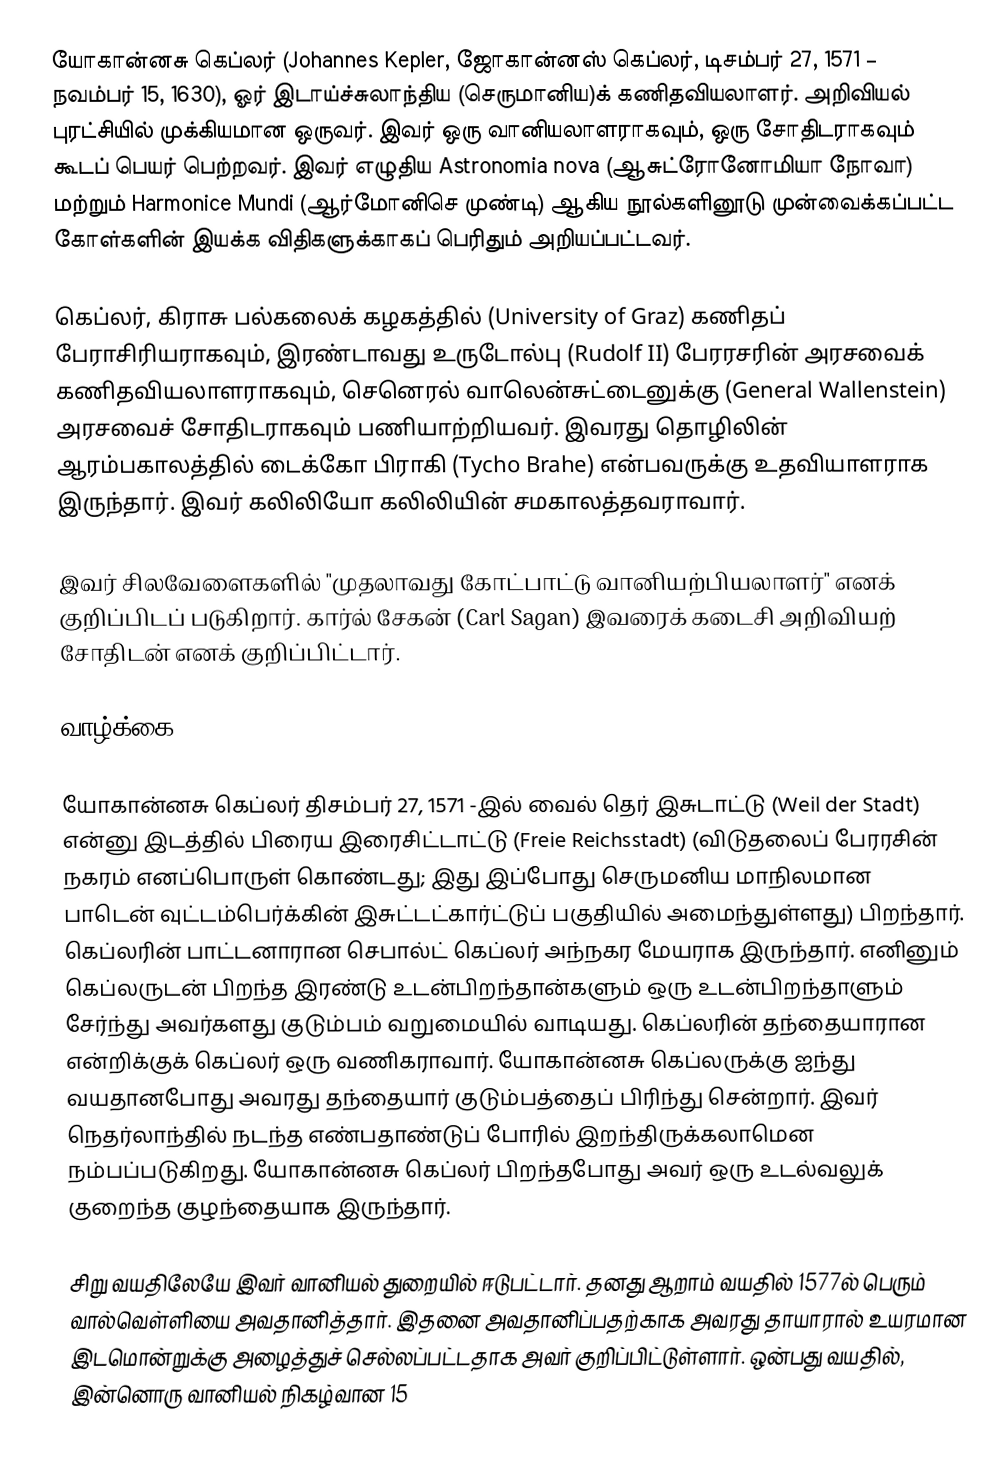
யோகான்னசு கெப்லர் (Johannes Kepler, ஜோகான்னஸ் கெப்லர், டிசம்பர் 27, 1571 – நவம்பர் 15, 1630), ஓர் இடாய்ச்சுலாந்திய (செருமானிய)க் கணிதவியலாளர். அறிவியல் புரட்சியில் முக்கியமான ஒருவர். இவர் ஒரு வானியலாளராகவும், ஒரு சோதிடராகவும் கூடப் பெயர் பெற்றவர். இவர் எழுதிய  Astronomia nova (ஆசுட்ரோனோமியா நோவா) மற்றும் Harmonice Mundi (ஆர்மோனிசெ முண்டி) ஆகிய நூல்களினூடு முன்வைக்கப்பட்ட கோள்களின் இயக்க விதிகளுக்காகப் பெரிதும் அறியப்பட்டவர்.

கெப்லர், கிராசு பல்கலைக் கழகத்தில் (University of Graz) கணிதப் பேராசிரியராகவும், இரண்டாவது  உருடோல்பு (Rudolf II) பேரரசரின் அரசவைக் கணிதவியலாளராகவும்,  செனெரல் வாலென்சுட்டைனுக்கு (General Wallenstein) அரசவைச் சோதிடராகவும் பணியாற்றியவர். இவரது தொழிலின் ஆரம்பகாலத்தில் டைக்கோ பிராகி (Tycho Brahe) என்பவருக்கு உதவியாளராக இருந்தார். இவர் கலிலியோ கலிலியின் சமகாலத்தவராவார்.

இவர் சிலவேளைகளில் "முதலாவது கோட்பாட்டு வானியற்பியலாளர்" எனக் குறிப்பிடப் படுகிறார். கார்ல் சேகன் (Carl Sagan) இவரைக் கடைசி அறிவியற் சோதிடன் எனக் குறிப்பிட்டார்.

வாழ்க்கை

யோகான்னசு கெப்லர் திசம்பர் 27, 1571 -இல் வைல் தெர் இசுடாட்டு (Weil der Stadt)  என்னு இடத்தில் பிரைய இரைசிட்டாட்டு (Freie Reichsstadt) (விடுதலைப் பேரரசின் நகரம் எனப்பொருள் கொண்டது; இது இப்போது செருமனிய மாநிலமான பாடென் வுட்டம்பெர்க்கின் இசுட்டட்கார்ட்டுப் பகுதியில் அமைந்துள்ளது) பிறந்தார். கெப்லரின் பாட்டனாரான செபால்ட் கெப்லர் அந்நகர மேயராக இருந்தார். எனினும் கெப்லருடன் பிறந்த இரண்டு உடன்பிறந்தான்களும் ஒரு உடன்பிறந்தாளும் சேர்ந்து அவர்களது குடும்பம் வறுமையில் வாடியது. கெப்லரின் தந்தையாரான என்றிக்குக் கெப்லர் ஒரு வணிகராவார். யோகான்னசு கெப்லருக்கு ஐந்து வயதானபோது அவரது தந்தையார் குடும்பத்தைப் பிரிந்து சென்றார். இவர் நெதர்லாந்தில் நடந்த எண்பதாண்டுப் போரில் இறந்திருக்கலாமென நம்பப்படுகிறது. யோகான்னசு கெப்லர் பிறந்தபோது அவர் ஒரு உடல்வலுக் குறைந்த குழந்தையாக இருந்தார்.

சிறு வயதிலேயே இவர் வானியல் துறையில் ஈடுபட்டார். தனது ஆறாம் வயதில் 1577ல் பெரும் வால்வெள்ளியை அவதானித்தார். இதனை அவதானிப்பதற்காக அவரது தாயாரால் உயரமான இடமொன்றுக்கு அழைத்துச் செல்லப்பட்டதாக அவர் குறிப்பிட்டுள்ளார். ஒன்பது வயதில், இன்னொரு வானியல் நிகழ்வான 15